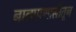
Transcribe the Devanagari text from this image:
नालाप्रणालीतून